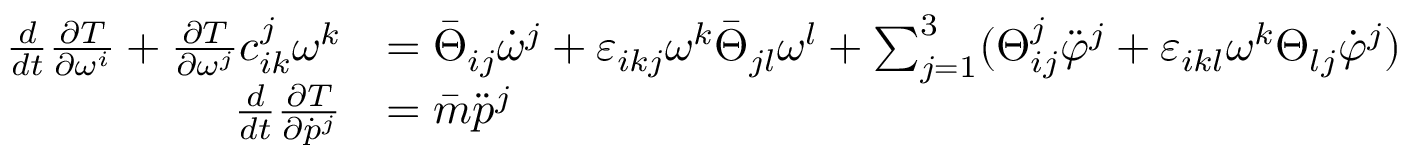
\begin{array} { r l } { \frac { d } { d t } \frac { \partial T } { \partial \omega ^ { i } } + \frac { \partial T } { \partial \omega ^ { j } } c _ { i k } ^ { j } \omega ^ { k } } & { = \bar { \Theta } _ { i j } \dot { \omega } ^ { j } + \varepsilon _ { i k j } \omega ^ { k } \bar { \Theta } _ { j l } \omega ^ { l } + \sum _ { j = 1 } ^ { 3 } ( \Theta _ { i j } ^ { j } \ddot { \varphi } ^ { j } + \varepsilon _ { i k l } \omega ^ { k } \Theta _ { l j } \dot { \varphi } ^ { j } ) } \\ { \frac { d } { d t } \frac { \partial T } { \partial \dot { p } ^ { j } } } & { = \bar { m } \ddot { p } ^ { j } } \end{array}